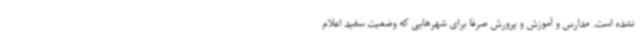
نشده است. مدارس و آموزش و پرورش صرفاً برای شهرهایی که وضعیت سفید اعلام